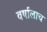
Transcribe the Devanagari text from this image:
वर्षालाच